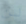
لن